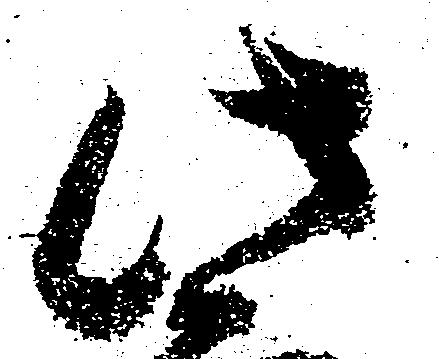
此